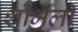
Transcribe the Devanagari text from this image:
शोभली